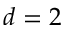
d = 2